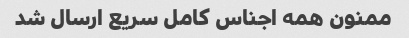
ممنون همه اجناس کامل سریع ارسال شد